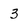
Character: 3